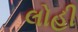
લોહી